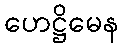
ဟေဋ္ဌိမေန